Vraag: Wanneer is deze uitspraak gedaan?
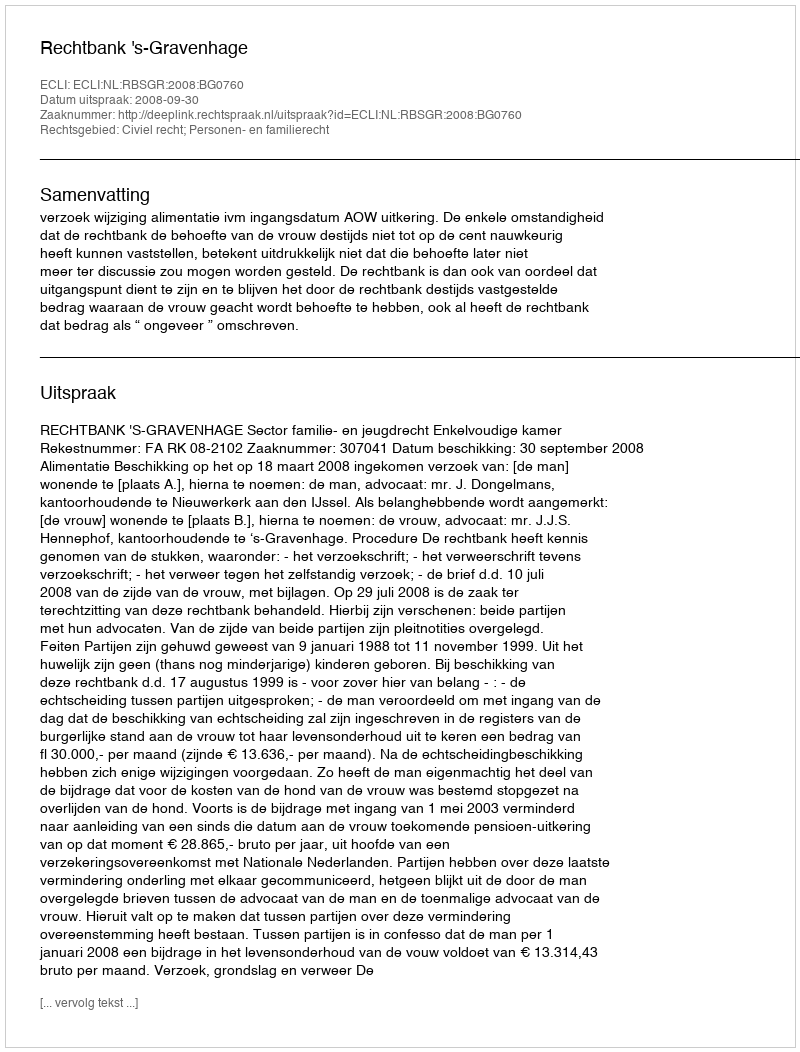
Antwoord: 2008-09-30